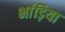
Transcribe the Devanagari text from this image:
भांड़िया